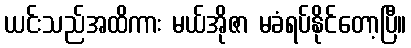
ယင်းသည်အထိကား မယ်အိုဇာ မခံရပ်နိုင်တော့ပြီ။